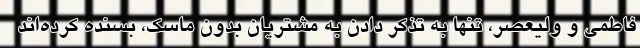
فاطمی و ولیعصر، تنها به تذکر دادن به مشتریان بدون ماسک، بسنده کرده‌اند